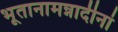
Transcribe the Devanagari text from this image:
भूतानामन्नादीनां